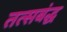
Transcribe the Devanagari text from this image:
तत्सबंद्ध